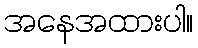
အနေအထားပါ။